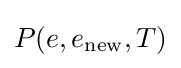
P(e,e_{\mathrm {new} },T)